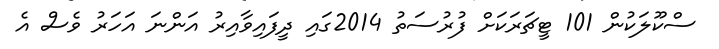
ސްކޫލަކުން 101 ޓީޗަރަކަށް ފުރުސަތު 2014ގައި ދީފައިވާއިރު އަންނަ އަހަރު ވެސް އެ